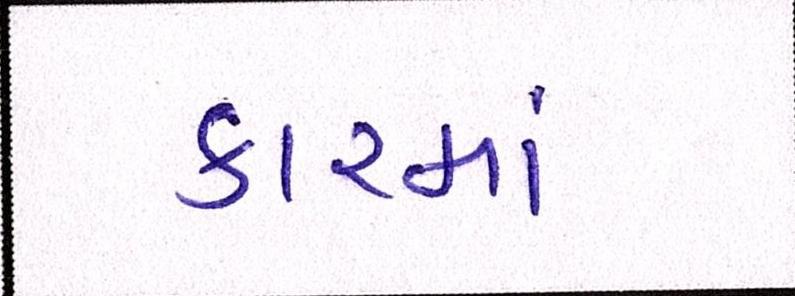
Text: કારમાં